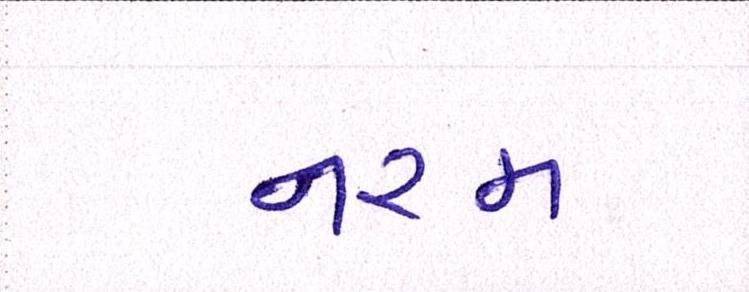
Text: નરમ